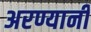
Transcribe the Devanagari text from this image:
अरण्यानी